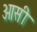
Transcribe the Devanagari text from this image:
ओसी